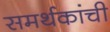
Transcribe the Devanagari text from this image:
समर्थकांची